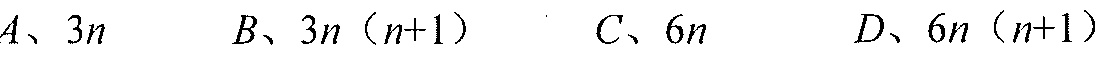
\(A、3n\)  \hspace{2cm} \(B、3n（n + 1）\)  \hspace{2cm} \(C、6n\)  \hspace{2cm} \(D、6n（n + 1）\)